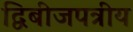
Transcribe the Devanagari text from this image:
द्विबीजपत्रीय